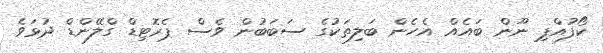
ކޯފުއްޕި ނޫން ބައެއް އެހެން ބަލިތަކުގެ ސަބަބުން ވެސް ޕެރޮޓިޑް ގްލޭންޑް ދުޅަވެ